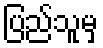
ပြည်သူမှ